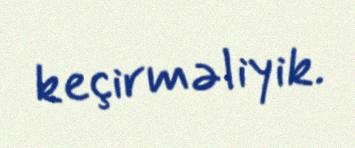
keçirməliyik.